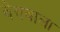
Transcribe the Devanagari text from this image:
वेगवाला